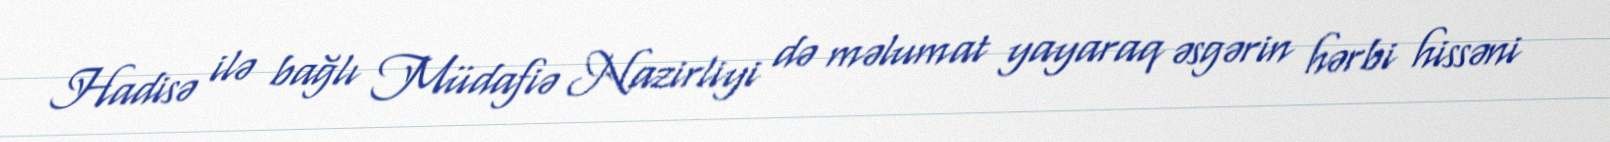
Hadisə ilə bağlı Müdafiə Nazirliyi də məlumat yayaraq əsgərin hərbi hissəni